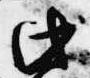
此